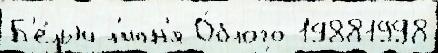
Б'е́лый л'ипн'я О́блого 19881998